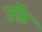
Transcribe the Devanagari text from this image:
उर्फ़े